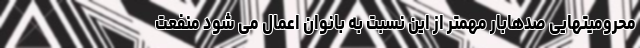
محرومیتهایی صدهابار مهمتر از این نسبت به بانوان اعمال می شود منفعت